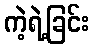
ကဲ့ရဲ့ခြင်း